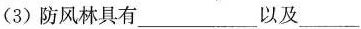
(3)防风林具有___以及___